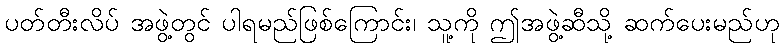
ပတ်တီးလိပ် အဖွဲ့တွင် ပါရမည်ဖြစ်ကြောင်း၊ သူ့ကို ဤအဖွဲ့ဆီသို့ ဆက်ပေးမည်ဟု